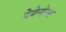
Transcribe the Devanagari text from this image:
डेबेन्हेम्स